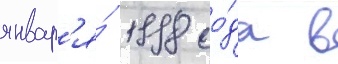
январ'я́ 1998 го́да в